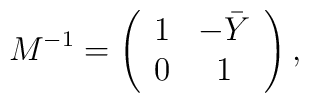
M^{-1} =\left( \begin{array}{cc}1& -\bar Y \\0& 1\end{array} \right) ,